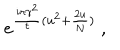
LaTeX: e ^ { { \frac { i \pi \gamma ^ { 2 } } { \tau } } ( u ^ { 2 } + { \frac { 2 u } { N } } ) } \ ,